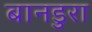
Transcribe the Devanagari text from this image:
बानडुरा